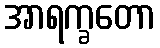
အာရက္ခတော